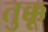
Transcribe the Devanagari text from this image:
तुक्कू